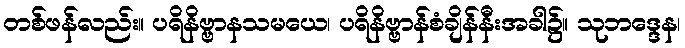
တစ်ဖန်လည်း။ ပရိနိဗ္ဗာနသမယေ၊ ပရိနိဗ္ဗာန်စံချိန်နီးအခါ၌။ သုဘဒ္ဒေန၊